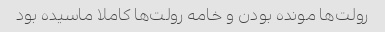
رولت‌ها مونده بودن و خامه رولت‌ها کاملا ماسیده بود